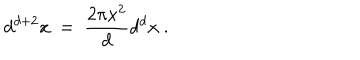
d ^ { d + 2 } x ~ = ~ \frac { 2 \pi x ^ { 2 } } { d } d ^ { d } x ~ .